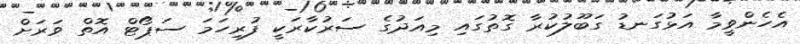
އެހެންވީމާ އަޅުގަނޑު ގަބޫލުކުރާ ގޮތުގައި މިއަދުގެ ސަރުކާރަކީ ފުރިހަމަ ސަޕޯޓް އޮތް ވަރަށް